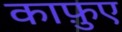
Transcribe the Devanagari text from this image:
काफ़ुए